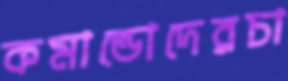
কমান্ডোদেরচা